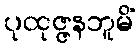
ပုထုဇ္ဇနဘူမိံ